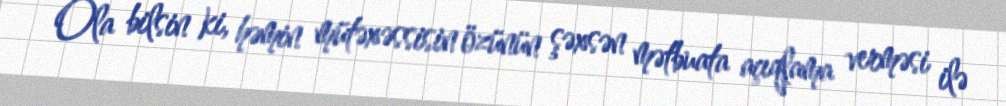
Ola bilsin ki, həmin mütəxəssisin özünün şəxsən mətbuata açıqlama verməsi ilə